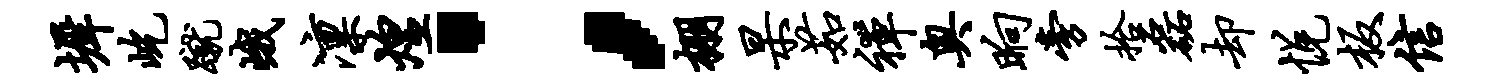
墀屹蹴峨凛煌；棚杲茹禅奥晌旁拾磊却悦板信